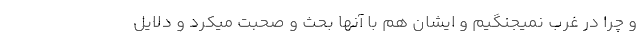
و چرا در غرب نمیجنگیم و ایشان هم با آنها بحث و صحبت میکرد و دلایل